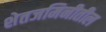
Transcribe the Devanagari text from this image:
शेतजमिनीतील